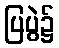
ပြပွဲ၌